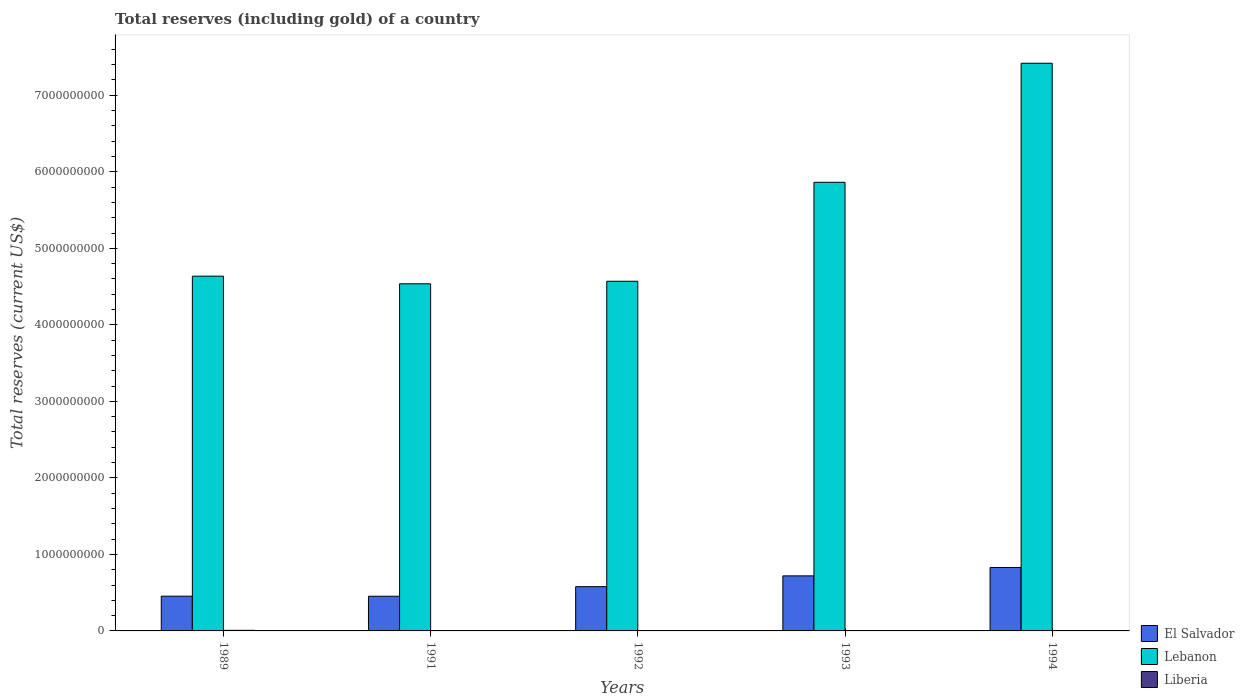
| Years | El Salvador | Lebanon | Liberia |
 | --- | --- | --- | --- |
 | 1989 | 4.54e+08 | 4.64e+09 | 7.88e+06 |
 | 1991 | 4.53e+08 | 4.54e+09 | 1.31e+06 |
 | 1992 | 5.78e+08 | 4.57e+09 | 9.77e+05 |
 | 1993 | 7.2e+08 | 5.86e+09 | 2.36e+06 |
 | 1994 | 8.29e+08 | 7.42e+09 | 5.07e+06 |